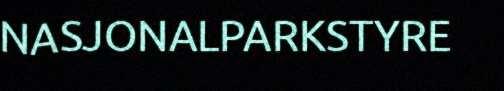
NASJONALPARKSTYRE